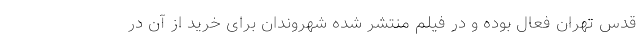
قدس تهران فعال بوده و در فیلم منتشر شده شهروندان برای خرید از آن در